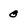
Character: 0